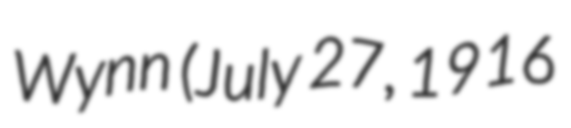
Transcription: Wynn (July 27, 1916